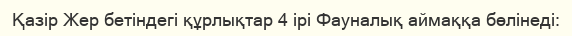
Қазір Жер бетіндегі құрлықтар 4 ірі Фауналық аймаққа бөлінеді: